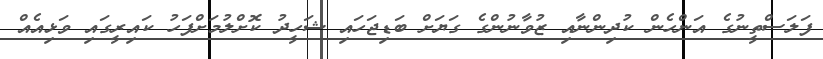
ފަލަސްތީނުގެ އަންހެން ކުދިންނާއި ޒުވާނުންގެ ގަޔަށް ބަޑިޖަހައި ޝަހީދު ކޮށްލުމަށްފަހު ކައިރީގައި ވަޅިއެއް